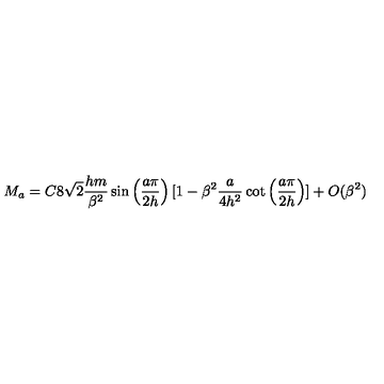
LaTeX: M _ { a } = C 8 \sqrt { 2 } \frac { h m } { \beta ^ { 2 } } \sin \left( \frac { a \pi } { 2 h } \right) [ 1 - \beta ^ { 2 } \frac { a } { 4 h ^ { 2 } } \cot \left( \frac { a \pi } { 2 h } \right) ] + O ( \beta ^ { 2 } )